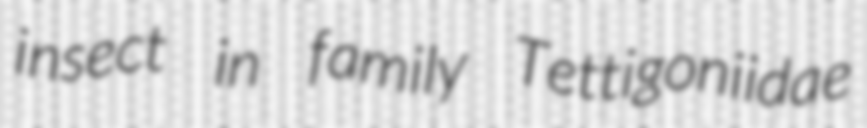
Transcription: insect in family Tettigoniidae